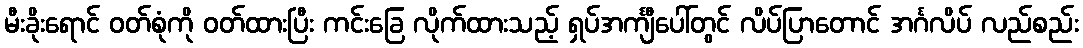
မီးခိုးရောင် ဝတ်စုံကို ဝတ်ထားပြီး ကင်းခြေ လိုက်ထားသည့် ရှပ်အင်္ကျီပေါ်တွင် လိပ်ပြာတောင် အင်္ဂလိပ် လည်စည်း